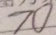
7 0